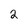
Character: 2